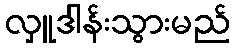
လှူဒါန်းသွားမည်